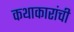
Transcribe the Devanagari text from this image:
कथाकारांची